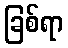
ခြစ်ရာ